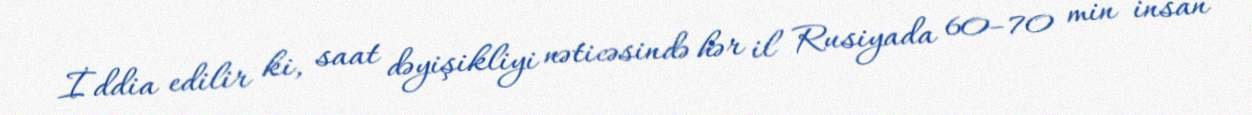
İddia edilir ki, saat dəyişikliyi nəticəsində hər il Rusiyada 60–70 min insan